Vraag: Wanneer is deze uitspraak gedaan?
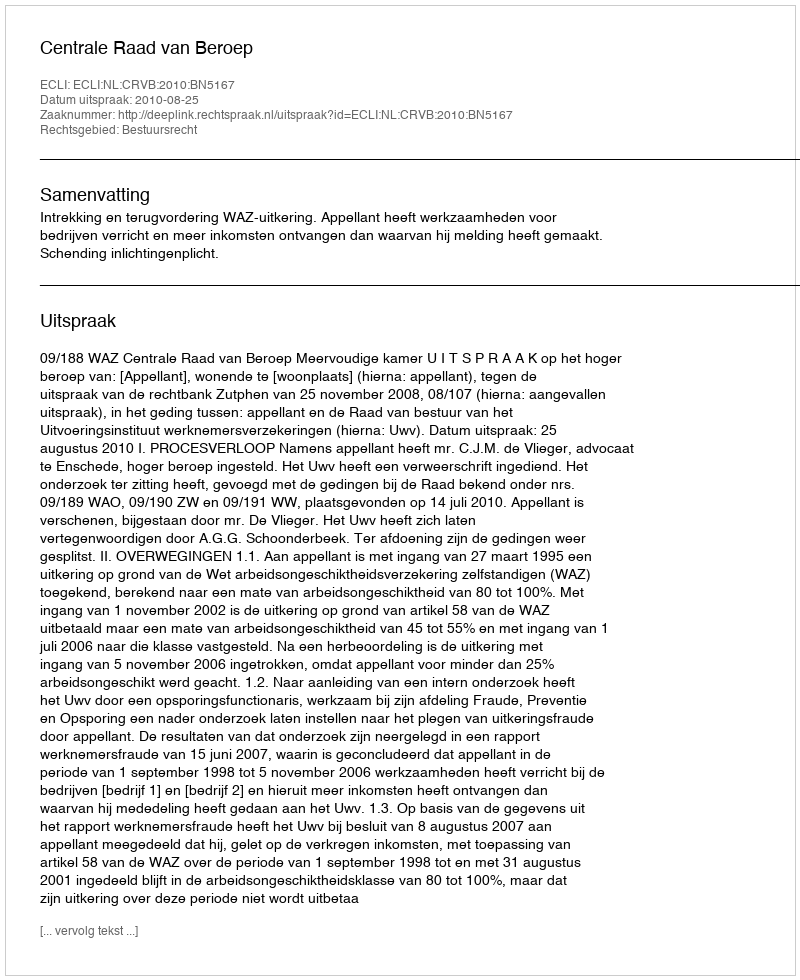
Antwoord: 2010-08-25